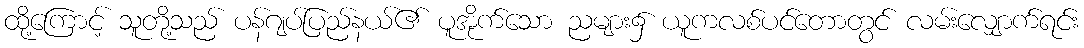
ထို့ကြောင့် သူတို့သည် ပန်ဂျပ်ပြည်နယ်၏ ပူအိုက်သော ညများ၌ ယူကလစ်ပင်တောတွင် လမ်းလျှောက်ရင်း